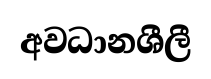
අවධානශීලී